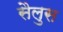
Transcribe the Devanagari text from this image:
सैलुस